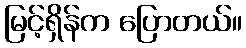
မြင့်ရှိန်က ပြောတယ်။